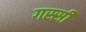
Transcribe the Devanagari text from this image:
गस्सी